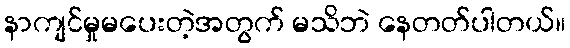
နာကျင်မှုမပေးတဲ့အတွက် မသိဘဲ နေတတ်ပါတယ်။